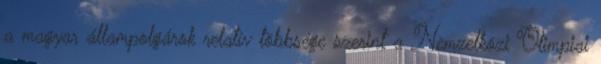
a magyar állampolgárok relatív többsége szerint a Nemzetközi Olimpiai